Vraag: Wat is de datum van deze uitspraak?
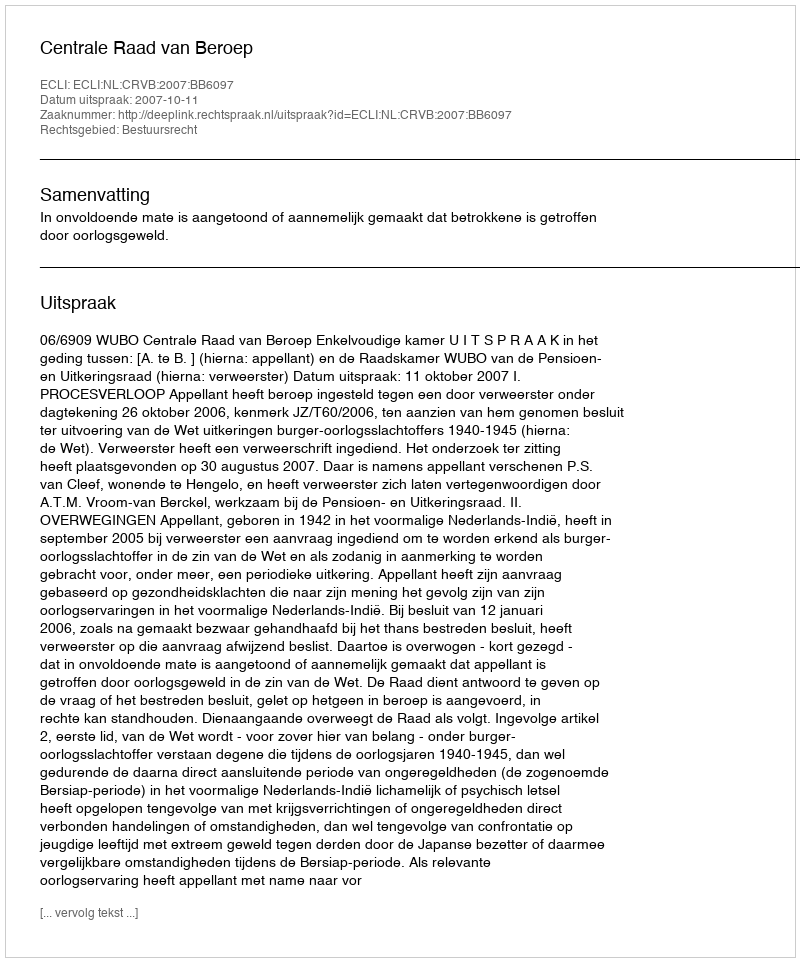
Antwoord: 2007-10-11